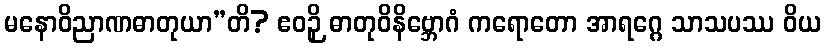
မနောဝိညာဏဓာတုယာ”တိ? ဧဝဉှိ ဓာတုဝိနိဗ္ဘောဂံ ကရောတော အာရဂ္ဂေ သာသပဿ ဝိယ